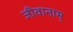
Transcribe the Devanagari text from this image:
जीवानाम्‌